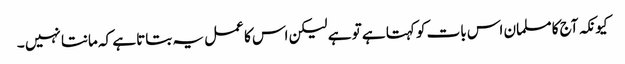
کیونکہ آج کا مسلمان اس بات کو کہتا ہے تو ہے لیکن اس کا عمل یہ بتاتا ہے کہ مانتا نہیں ۔